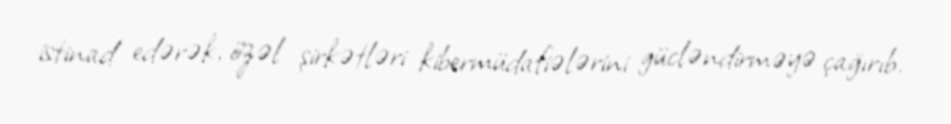
istinad edərək, özəl şirkətləri kibermüdafiələrini gücləndirməyə çağırıb.